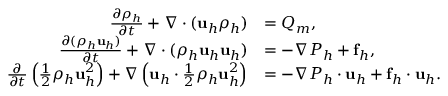
\begin{array} { r l } { \frac { \partial \rho _ { h } } { \partial t } + \nabla \cdot ( \mathbf u _ { h } \rho _ { h } ) } & { = Q _ { m } , } \\ { \frac { \partial ( \rho _ { h } \mathbf u _ { h } ) } { \partial t } + \nabla \cdot ( \rho _ { h } \mathbf u _ { h } \mathbf u _ { h } ) } & { = - \nabla P _ { h } + \mathbf f _ { h } , } \\ { \frac { \partial } { \partial t } \left( \frac { 1 } { 2 } \rho _ { h } \mathbf u _ { h } ^ { 2 } \right) + \nabla \left( \mathbf u _ { h } \cdot \frac { 1 } { 2 } \rho _ { h } \mathbf u _ { h } ^ { 2 } \right) } & { = - \nabla P _ { h } \cdot \mathbf u _ { h } + \mathbf f _ { h } \cdot \mathbf u _ { h } . } \end{array}